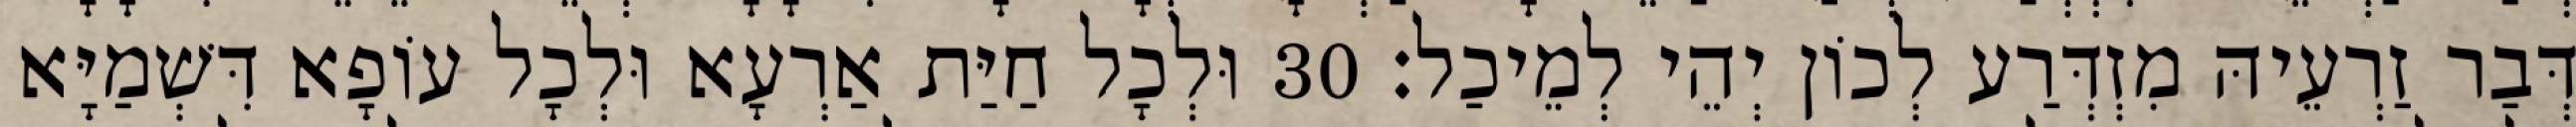
דְּבַר זַרְעֵיהּ מִזְדְּרַע לְכוֹן יְהֵי לְמֵיכַל׃ 30 וּלְכָל חַיַּת אַרְעָא וּלְכָל עוֹפָא דִּשְׁמַיָּא